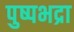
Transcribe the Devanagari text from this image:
पुष्पभद्रा